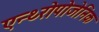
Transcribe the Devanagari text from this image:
एन्थ्‍रोपोजेनिक